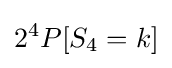
2^{4}P[S_{4}=k]